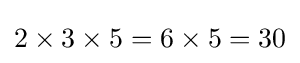
2\times 3\times 5=6\times 5=30